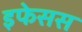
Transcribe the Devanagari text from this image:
इफेसस